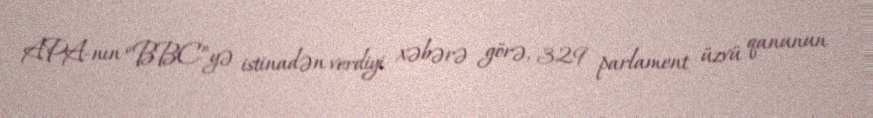
APA-nın “BBC”yə istinadən verdiyi xəbərə görə, 329 parlament üzvü qanunun